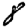
Digit: 8